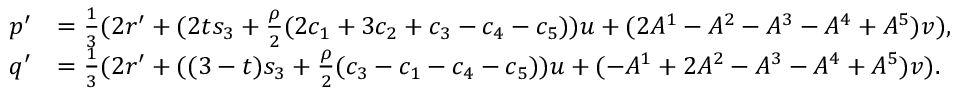
\begin{array} { r l } { p ^ { \prime } } & { = \frac { 1 } { 3 } ( 2 r ^ { \prime } + ( 2 t s _ { 3 } + \frac { \rho } { 2 } ( 2 c _ { 1 } + 3 c _ { 2 } + c _ { 3 } - c _ { 4 } - c _ { 5 } ) ) u + ( 2 A ^ { 1 } - A ^ { 2 } - A ^ { 3 } - A ^ { 4 } + A ^ { 5 } ) v ) , } \\ { q ^ { \prime } } & { = \frac { 1 } { 3 } ( 2 r ^ { \prime } + ( ( 3 - t ) s _ { 3 } + \frac { \rho } { 2 } ( c _ { 3 } - c _ { 1 } - c _ { 4 } - c _ { 5 } ) ) u + ( - A ^ { 1 } + 2 A ^ { 2 } - A ^ { 3 } - A ^ { 4 } + A ^ { 5 } ) v ) . } \end{array}